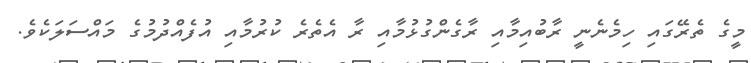
މީގެ ތެރޭގައި ހިމެނެނީ ރާބުއިމާއި ރާގެންގުޅުމާއި ރާ އެތެރެ ކުރުމާއި އުފެއްދުމުގެ މައްސަލަކެވެ.